Annual report on the working of the mental hospitals in the Madras Presidency - 1912-1932
Year: 1912
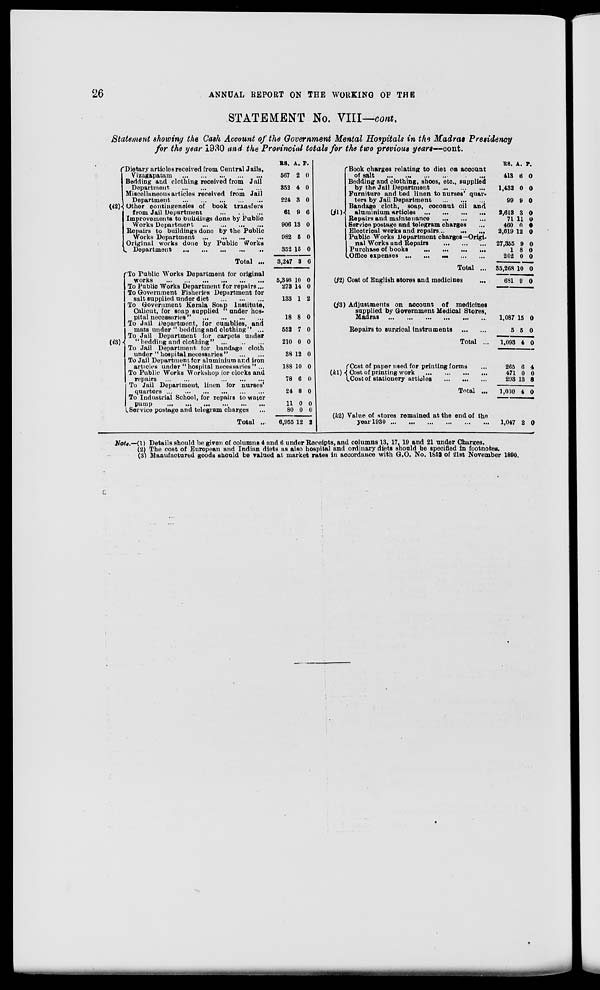
26
ANNUAL REPORT ON THE WORKING OF THE
STATEMENT No. VIII—cont.
Statement showing the Cash Account of the Government Mental Hospitals in the Madras Presidency
for the year 1930 and the Provincial totals for the two previous years—cont.
(i2) Dietary articles received from Central Jails,
Vizagapatam ... ... ... ... ...
Bedding and clothing received from Jail
Department.
...
...
...
...
...
Miscellaneous articles received from Jail
Department
...
...
...
...
...
Other contingencies of book transfers
from Jail Department
...
...
...
Improvements to buildings done by Public
Works Department
...
...
...
...
Repairs to buildings done by the Public
Works Department
...
...
...
...
Original works done by Public Works
Department ... ... ... ... ...
Total ...
(i3)
To Public Works Department for original
works
...
...
...
...
...
...
To Public Works Department for repairs ...
To Government Fisheries Department for
salt supplied under diet
...
...
...
To Government Kerala Soap Institute,
Calicut, for soap supplied
under hos-
pital necessaries" ... ... ... ...
To Jail Department, for cumblies, and
mats under " beddingand clothing" ...
To Jail Department for carpets under
" bedding and clothing "
...
...
...
To Jail Department for bandage cloth
under "hospital necessaries" ... ...
To Jail Department for aluminium and iron
articles under "hospital necessaries" ...
To Public Works Workshop for clocks and
repairs
...
...
...
...
...
...
To Jail Department, linen for nurses
quarters
...
...
...
...
...
...
To Industrial School, for repairs to water
pump
...
...
...
...
...
...
Service postage and telegram charges ...
Total ...
RS.
567
352
224
61
906
982
352
3,247
5,346
273
133
18
552
210
38
188
78
24
11
80
6,955
A.
2
4
3
9
13
5
15
3
10
14
1
8
7
0
12
10
6
8
0
0
12
P.
0
0
0
6
0
0
0
6
0
0
2
0
0
0
0
0
0
0
0
0
2
(j1)
Book charges relating to diet on account
of salt
...
...
...
...
Bedding and clothing, shoes, etc., supplied
by the Jail Department
...
...
...
Furniture and bed linen to nurses' quar-
ters by Jail Department
...
...
...
Bandage cloth, soap, coconut oil and
aluminium articles
...
...
...
...
Repairs and maintenance
...
...
...
Service postage and telegram charges ...
Electrical works and repairs ... ... ...
Public Works Department charges—Origi-
nal Works and Repairs
...
...
...
Purchase of books
...
...
...
...
Office expenses
...
...
...
...
...
Total ...
(j2)
(j3)
Cost of English stores and medicines ...
Adjustments on account of medicines
supplied by Government Medical Stores,
Madras ... ... ... ... ... ...
Repairs to surgical instruments
...
...
Total ...
(k1)
Cost of paper used for printing forms ...
Cost of printing work
...
...
...
...
Cost of stationery articles
...
...
...
Total ...
(k2) Value of stores remained at the end of the
year 1930
...
...
...
...
...
...
RS.
413
1,432
99
2,613
71
460
2,619
27,355
1
202
35,268
681
1,087
5
1,093
265
471
293
1,030
1,047
A.
6
0
9
3
11
0
12
9
8
0
10
9
15
5
4
6
0
13
4
2
P.
0
0
0
0
0
0
0
0
0
0
0
0
0
0
0
4
0
8
0
0
Note.—(1) Details should be given of columns 4 and 6 under Receipts, and columns 13, 17, 19 and 21 under Charges.
(2) The cost of European and Indian diets as also hospital and ordinary diets should be specified in footnotes.
(3) Manufactured goods should be valued at market rates in accordance with G.O. No. 1852 of 21st November 1890.